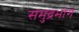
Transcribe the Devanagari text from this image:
समुद्रभाग